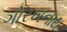
ગોરખનાથ